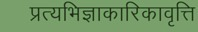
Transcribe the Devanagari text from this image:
प्रत्यभिज्ञाकारिकावृत्ति